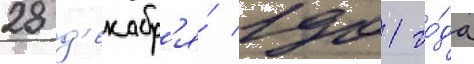
28 д'екабр'я́ 1901 го́да